Vaccination United Provinces of Agra and Oudh 1914-1922 - 1914-1922
Year: 1914
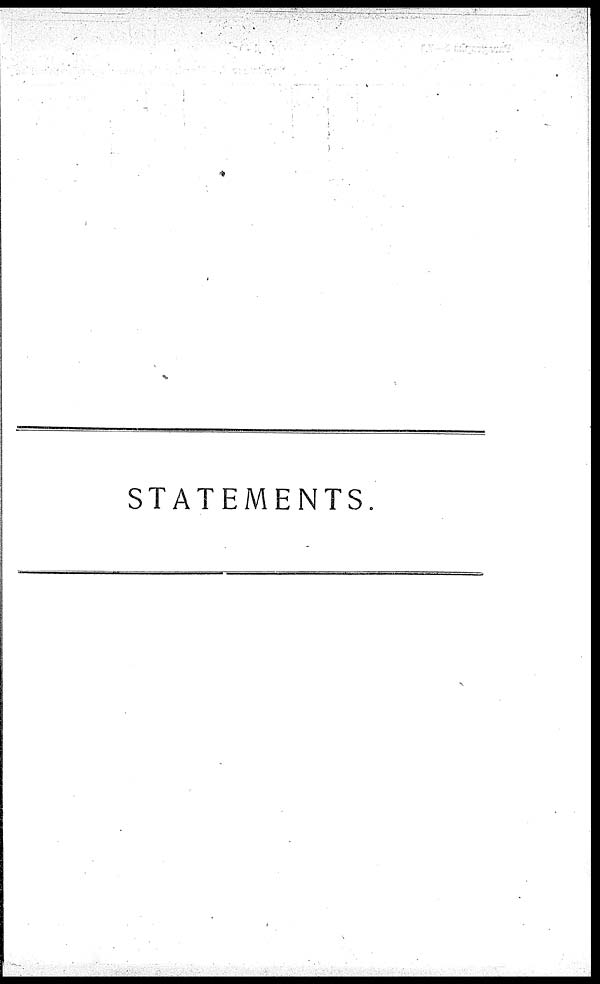
STATEMENTS.